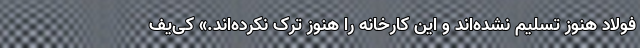
فولاد هنوز تسلیم نشده‌اند و این کارخانه را هنوز ترک نکرده‌اند.» کی‌یف